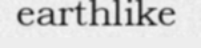
earthlike